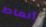
أنماط